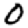
Digit: 0